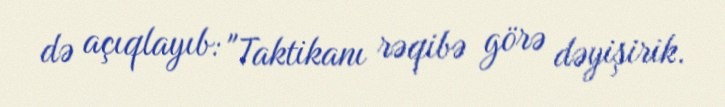
də açıqlayıb: "Taktikanı rəqibə görə dəyişirik.